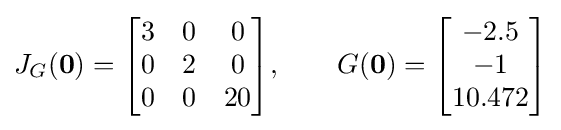
J_{G}(\mathbf {0} )={\begin{bmatrix}3&0&0\\0&2&0\\0&0&20\end{bmatrix}},\qquad G(\mathbf {0} )={\begin{bmatrix}-2.5\\-1\\10.472\end{bmatrix}}